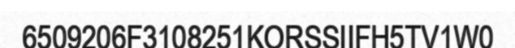
6509206F3108251KORSSIIFH5TV1W0